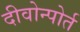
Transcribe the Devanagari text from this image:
दीवोन्पोर्त